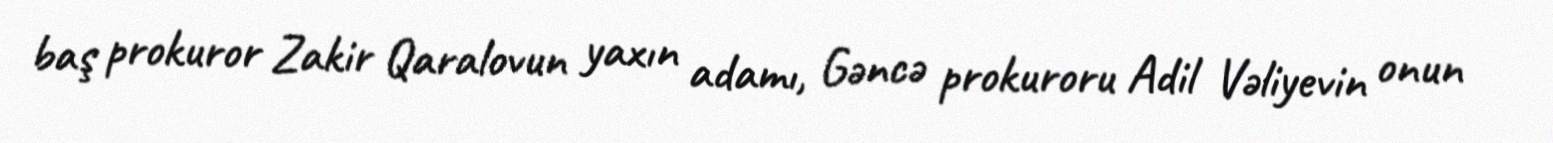
baş prokuror Zakir Qaralovun yaxın adamı, Gəncə prokuroru Adil Vəliyevin onun